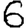
Digit: 6